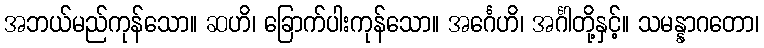
အဘယ်မည်ကုန်သော။ ဆဟိ၊ ခြောက်ပါးကုန်သော။ အင်္ဂေဟိ၊ အင်္ဂါတို့နှင့်။ သမန္နာဂတော၊